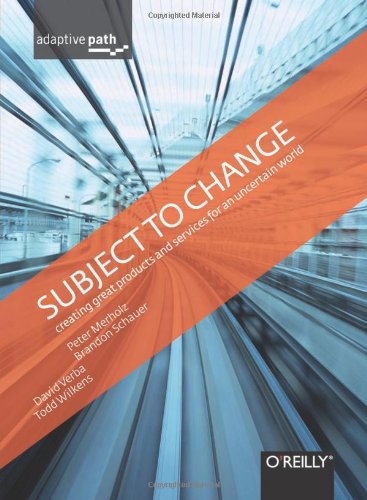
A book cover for Subject To Change: Creating Great Products & Services for an Uncertain World: Adaptive Path on Design; Peter Merholz; Computers & Technology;